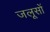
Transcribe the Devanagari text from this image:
जलूसों